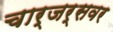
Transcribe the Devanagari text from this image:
चार्जर्सवर